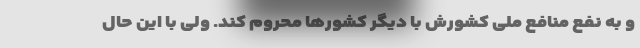
و به نفع منافع ملی کشورش با دیگر کشورها محروم کند. ولی با این حال